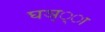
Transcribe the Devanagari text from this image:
घञ््‌ा